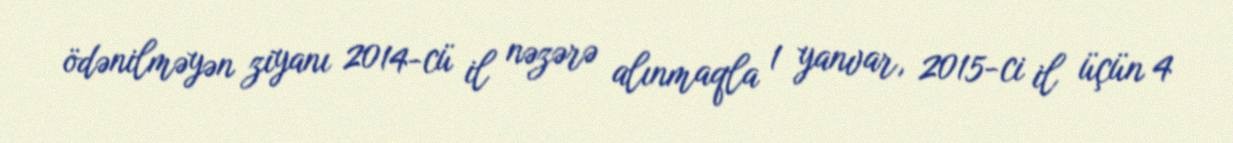
ödənilməyən ziyanı 2014-cü il nəzərə alınmaqla 1 yanvar, 2015-ci il üçün 4